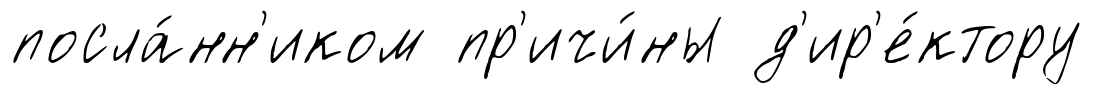
посла́нн'иком пр'ичи́ны д'ир'е́ктору